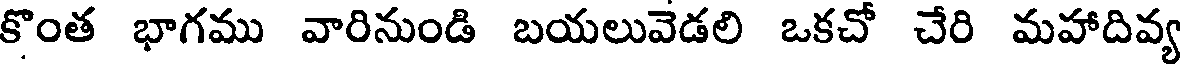
కొంత భాగము వారినుండి బయలువెడలి ఒకచో చేరి మహాదివ్య